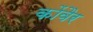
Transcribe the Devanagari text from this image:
कोंवैर